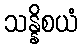
သန္နိစယံ